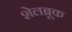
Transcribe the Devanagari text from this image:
शेलब्रूक